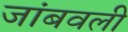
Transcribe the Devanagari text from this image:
जांबवली